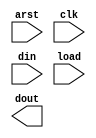
/*--  *******************************************************
--  Computer Architecture Course, Laboratory Sources 
--  Amirkabir University of Technology (Tehran Polytechnic)
--  Department of Computer Engineering (CE-AUT)
--  https://ce[dot]aut[dot]ac[dot]ir
--  *******************************************************
--  All Rights reserved (C) 2019-2020
--  *******************************************************
--  Student ID  : 
--  Student Name: 
--  Student Mail: 
--  *******************************************************
--  Additional Comments:
--
--*/

/*-----------------------------------------------------------
---  Module Name: Light Dance
---  Description: Module5:
-----------------------------------------------------------*/
`timescale 1 ns/1 ns

module DFlop (
	input  arst  , // async reset
	input  clk   , // clock posedge
	input  din   , // data  in
	input  load  , // data  load 
	output dout    // data  out
);

	/* write your code here */
	
	/* write your code here */

endmodule